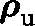
\boldsymbol { \mathbf { \rho } } _ { \mathrm { u } }